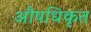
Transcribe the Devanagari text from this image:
औषधिकृत